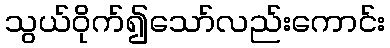
သွယ်ဝိုက်၍သော်လည်းကောင်း